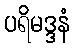
ပရိမဒ္ဒနံ